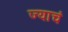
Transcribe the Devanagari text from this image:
ज्याचं